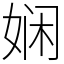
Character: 娴